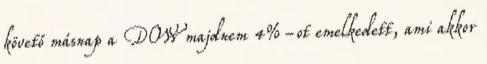
követő másnap a DOW majdnem 4%-ot emelkedett, ami akkor